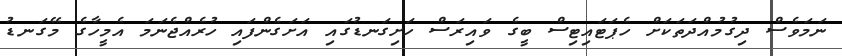
ނަމަވެސް ދިގުމުއްދަތަކަށް ހެޕަޓައިޓިސް ބީގެ ވައިރަސް ހަށިގަނޑުގައި އަށަގެންފައި ހުރެއްޖެނަމަ އެމީހާގެ މޭގަނޑު